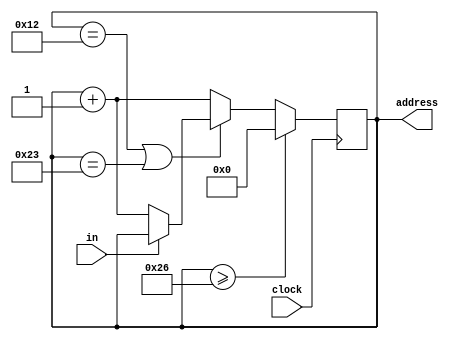
module i2c_count(
    input        clock,
    input        in,
    output [6:0] address
);

// In its current iteration, this program can only handle the 64 values (0 thru 63) that the ROM currently has inside it.
// This would need to be expanded to fit the entire I2C data.

reg [6:0] count = 0;

always @(negedge clock)
    // Technically, the if statement below is not necessary - ideally, when the last of the I2C memory is read,
    // the counter would stop since the data would not need to be sent again.
    if (count >= 38)
        count = 0;
    else if (count == 18 || count == 35) begin
        if(in == 0) 
            count = count + 1;
        else
            count = count;
    end
    else
        count = count + 1;

assign address = count;

endmodule